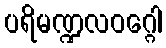
ပရိမဏ္ဍလဝဂ္ဂေါ